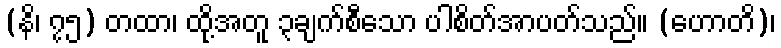
(နိ၊ ၇၅) တထာ၊ ထို့အတူ ၃ချက်စီသော ပါစိတ်အာပတ်သည်။ (ဟောတိ)၊